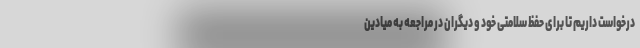
درخواست داریم تا برای حفظ سلامتی خود و دیگران در مراجعه به میادین